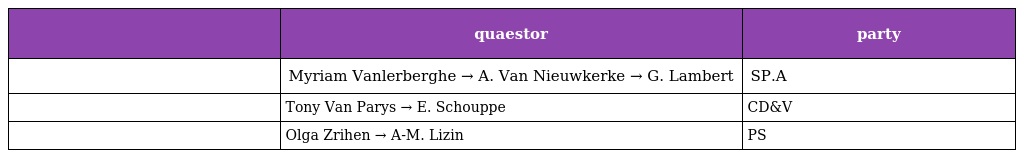
|  | quaestor | party |
 | --- | --- | --- |
 |  | Myriam Vanlerberghe → A. Van Nieuwkerke → G. Lambert | SP.A |
 |  | Tony Van Parys → E. Schouppe | CD&V |
 |  | Olga Zrihen → A-M. Lizin | PS |